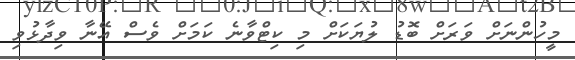
މީހުންނަށް ވަރަށް ބޮޑު ލުޔަކަށް މި ކިޓްވާނެ ކަމަށް ވެސް އޭނާ ވިދާޅުވި